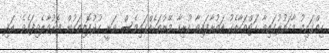
ހިތްގައިމު މާހައުލުގައިވާ ހަޓްތަކާއެކު އަތުރާފައިވާ ހުރިހާ މޭޒުތަކެއްގައިވެސް ވަނީ ހުދުފޮތިތަކުން ފޮރުވާލެވިފައެވެ. އަދި